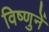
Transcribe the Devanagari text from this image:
विष्णुनें